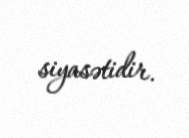
siyasətidir.